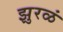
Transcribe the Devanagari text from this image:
झुरळं